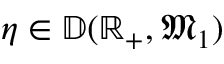
\eta \in \mathbb { D } ( \mathbb { R } _ { + } , \mathfrak { M } _ { 1 } )